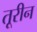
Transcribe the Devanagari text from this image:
तूरीन